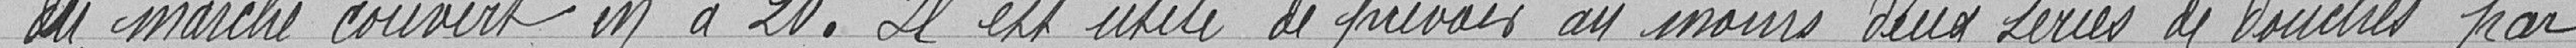
du marché couvert en a 20. il est utile de préciser au moins deux séries de douches par